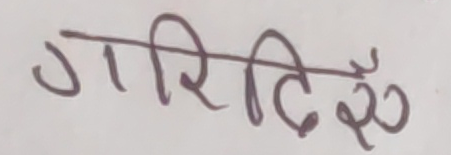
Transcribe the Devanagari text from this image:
गरिदिएँउ